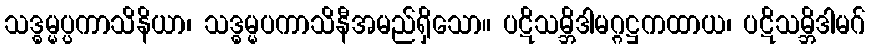
သဒ္ဓမ္မပ္ပကာသိနိယာ၊ သဒ္ဓမ္မပကာသိနီအမည်ရှိသော။ ပဋိသမ္ဘိဒါမဂ္ဂဋ္ဌကထာယ၊ ပဋိသမ္ဘိဒါမဂ်